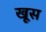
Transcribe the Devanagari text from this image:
खूस